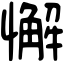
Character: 懈